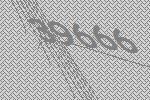
39666